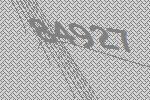
84927